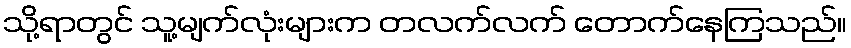
သို့ရာတွင် သူ့မျက်လုံးများက တလက်လက် တောက်နေကြသည်။